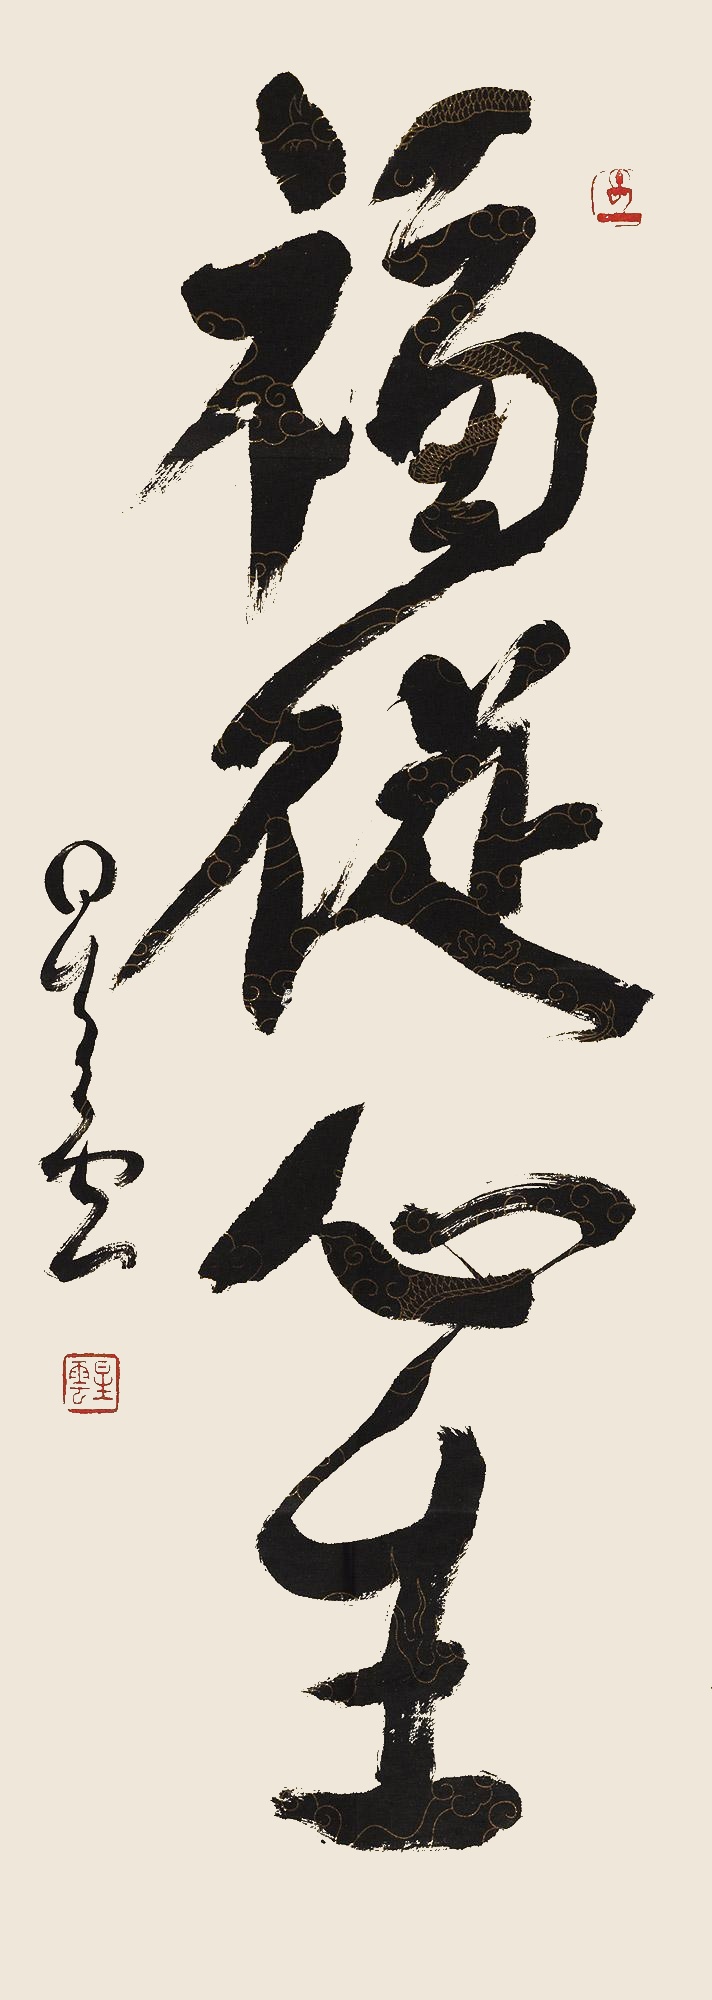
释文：福从心生星云。